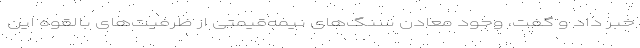
خبر داد و گفت، وجود معادن سنگ‌های نیمه‌قیمتی از ظرفیت‌های بالقوه این